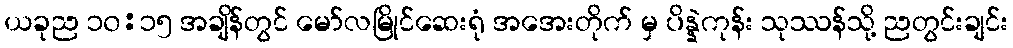
ယခုည ၁၀:၁၅ အချိန်တွင် မော်လမြိုင်ဆေးရုံ အအေးတိုက် မှ ပိန္နဲကုန်း သုဿန်သို့ ညတွင်းချင်း